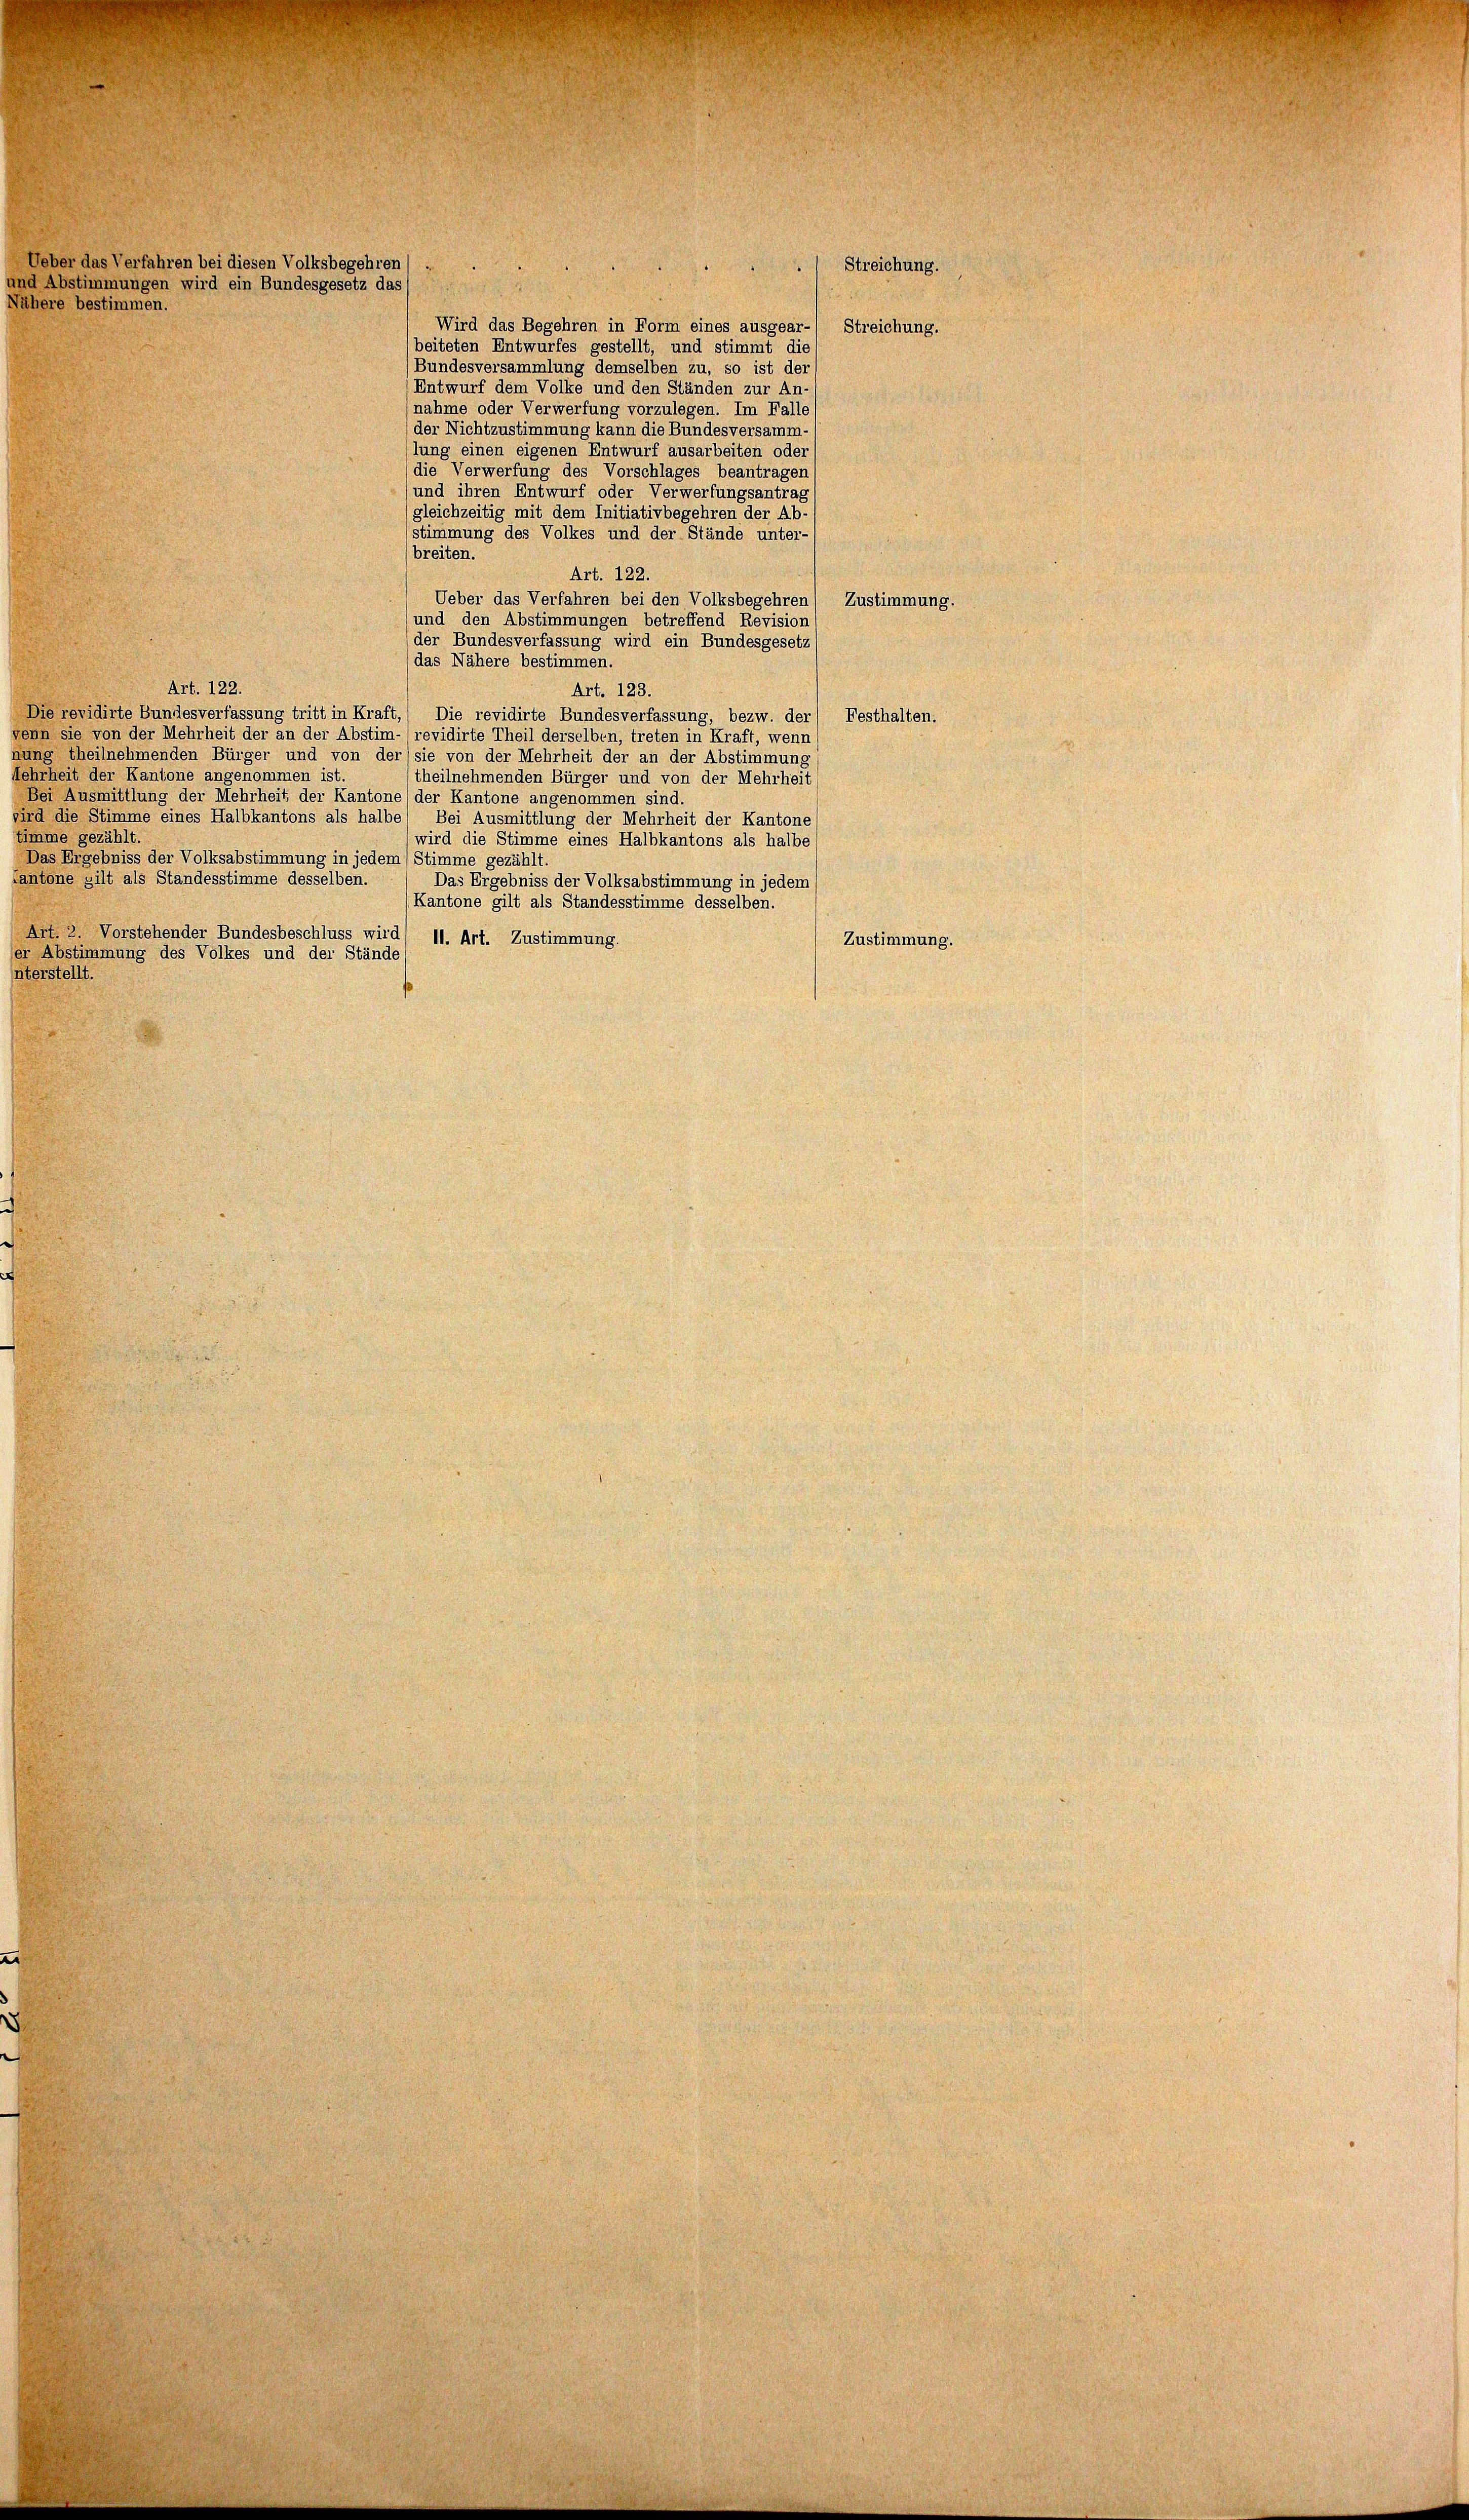
Ueber das Verfahren bei diesen Volksbegehren
und Abstimmungen wird ein Bundesgesetz das
Nähere bestimmen.

Streichung.

Wird das Begehren in Form eines ausgear- Streichung.
beiteten Entwurfes gestellt, und stimmt die
(Bundesversammlung demselben zu, so ist der
Entwurf dem Volke und den Ständen zur An
nahme oder Verwerfung vorzulegen. Im Falle
der Nichtzustimmung kann die Bundesversamm-
lung einen eigenen Entwurf ausarbeiten oder
die Verwerfung des Vorschlages beantragen,
(und ihren Entwurf oder Verwerfungsantrag
gleichzeitig mit dem Initiativbegehren der Ab-
stimmung des Volkes und der Stände unter-
breiten.
Art. 122.
Ueber das Verfahren bei den Volksbegehren) Zustimmung.
(und den Abstimmungen betreffend Revision
der Bundesverfassung wird ein Bundesgesetz
(das Nähere bestimmen.
Art. 122.
Art. 123.
Die revidirte Bundesverfassung tritt in Kraft,) Die revidirte Bundesverfassung, bezw. der Festhalten.
venn sie von der Mehrheit der an der Abstim-(revidirte Theil derselben, treten in Kraft, wenn
nung theilnehmenden Bürger und von der sie von der Mehrheit der an der Abstimmung
ehrheit der Kantone angenommen ist.
(theilnehmenden Bürger und von der Mehrheit
Bei Ausmittlung der Mehrheit, der Kantone der Kantone angenommen sind.
wird die Stimme eines Halbkantons als halbe Bei Ausmittlung der Mehrheit der Kantone
timme gezählt.
wird die Stimme eines Halbkantons als halbe
Das Ergebniss der Volksabstimmung in jedem (Stimme gezählt.
antone gilt als Standesstimme desselben.
Das Ergebniss der Volksabstimmung in jedem
Kantone gilt als Standesstimme desselben.
Art. 2. Vorstehender Bundesbeschluss wird) 11. Art. Zustimmung.
Zustimmung.
er Abstimmung des Volkes und der Stände
nterstellt.